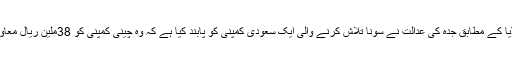
غیر ملکی میڈیا کے مطابق جدہ کی عدالت نے سونا تلاش کرنے والی ایک سعودی کمپنی کو پابند کیا ہے کہ وہ چینی کمپنی کو 38ملین ریال معاوضہ ادا کرے۔